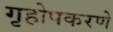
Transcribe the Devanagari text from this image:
गृहोपकरणे